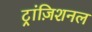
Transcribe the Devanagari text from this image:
ट्रांज़िशनल